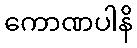
ကောဏပါနိ